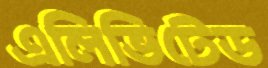
এলিভিটেড